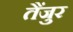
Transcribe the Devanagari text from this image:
तैंजुर